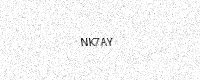
Text: NK7AY